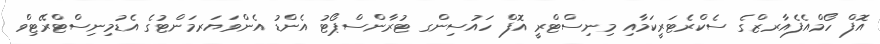
އޮފް ހޯމްއެފެއާރޒްގެ ސެކްރެޓަރީކަމާއި މިނިސްޓްރީ އޮފް ހައުސިންގ ޓުރާންސްޕޯޓު އެންޑު އެންވަޔަރމަންޓުގެ އެޑުމިނިސްޓްރޭޓިވް